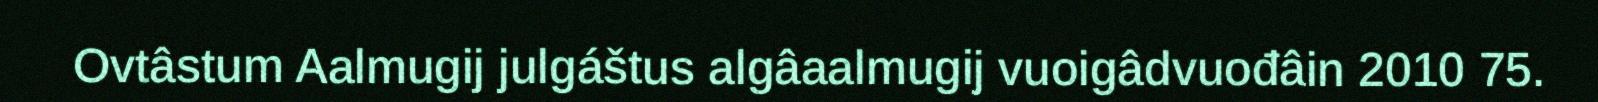
Ovtâstum Aalmugij julgáštus algâaalmugij vuoigâdvuođâin 2010 75.